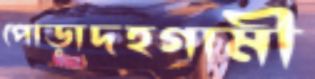
পোড়াদহগামী